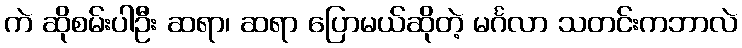
ကဲ ဆိုစမ်းပါဦး ဆရာ၊ ဆရာ ပြောမယ်ဆိုတဲ့ မင်္ဂလာ သတင်းကဘာလဲ